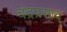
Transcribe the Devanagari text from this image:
चंद्रप्रसाद